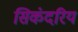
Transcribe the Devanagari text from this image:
सिकंदरिय